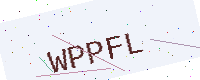
Text: WPPFL